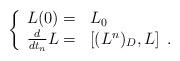
LaTeX: \begin{align*} \left\{\begin{array}{cl} L(0) = & L_0 \\\frac{d}{dt_n}L =& \left[(L^n)_D, L\right] \; .\end{array}\right.\end{align*}